Leaving Certificate Examination (including Day School Certificate (Higher) General paper), 1929
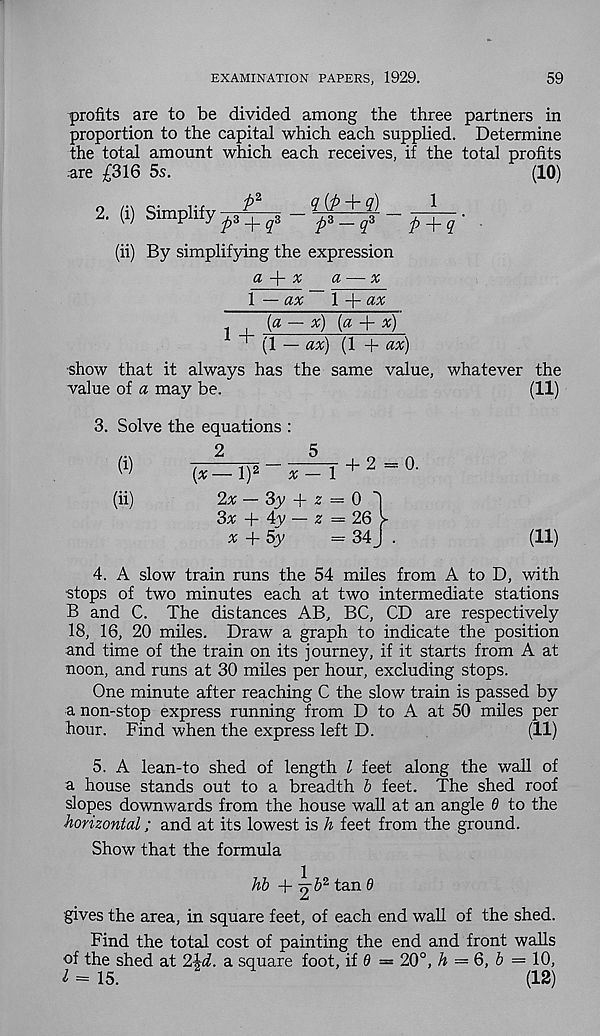
EXAMINATION PAPERS, 1929.
59
profits are to be divided among the three partners in
proportion to the capital which each supplied. Determine
the total amount which each receives, if the total profits
are £316 5s.
(10)
2. (i) Simplify
l 2
£> 3 + q 3
viP + z) _
i
p z -q*
p + q'
(ii) By simplifying the expression
a -\- x
a — x
1 — ax
\
ax
t
(a — x) (a + x)
' (1 — ax) (1 + ax)
show that it always has the same value, whatever the
value of a may be.
(11)
3. Solve the equations :
(*)
(*—1)2 “
+ 2 ^ °-
(ii)
2* — 3y + 2 = 0 1
3* + 4v — 2 = 26 V
x + 5y
= 34J .
(11)
4. A slow train runs the 54 miles from A to D, with
stops of two minutes each at two intermediate stations
B and C. The distances AB, BC, CD are respectively
18, 16, 20 miles. Draw a graph to indicate the position
and time of the train on its journey, if it starts from A at
noon, and runs at 30 miles per hour, excluding stops.
One minute after reaching C the slow train is passed by
a non-stop express running from D to A at 50 miles per
hour. Find when the express left D.
(11)
5. A lean-to shed of length l feet along the wall of
a house stands out to a breadth b feet. The shed roof
slopes downwards from the house wall at an angle 6 to the
horizontal; and at its lowest is h feet from the ground.
Show that the formula
hb +^b 2 tan 8
gives the area, in square feet, of each end wall of the shed.
Find the total cost of painting the end and front walls
of the shed at 2M. a square foot, if 0 = 20°, h — 6, b = 10,
l = 15.
(12)